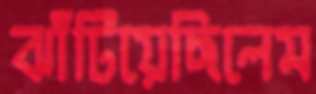
ঝাঁটিয়েছিলেম